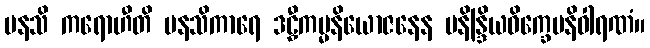
မနသိ ကရောဟီတိ မနသိကာရေ ဒဠှီကမ္မနိယောဇနေန မနိန္ဒြိယဝိက္ခေပနိဝါရဏံ။